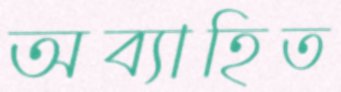
অব্যাহিত